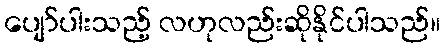
ပျော်ပါးသည့် လဟုလည်းဆိုနိုင်ပါသည်။